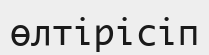
өлтірісіп